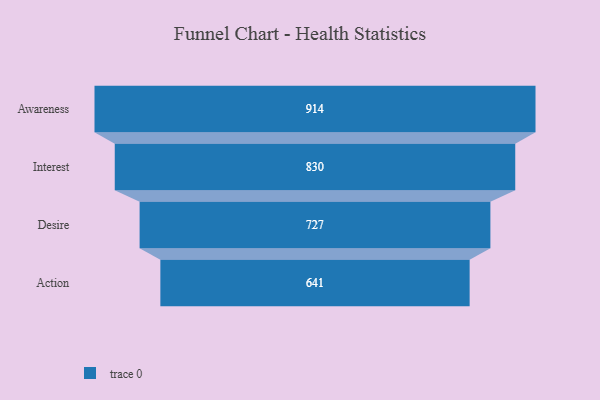
{"axis": {"x": "Stage", "y": "Value"}, "legend": [""], "data": [{"x": "Awareness", "y": 914.0, "type": ""}, {"x": "Interest", "y": 830.0, "type": ""}, {"x": "Desire", "y": 727.0, "type": ""}, {"x": "Action", "y": 641.0, "type": ""}]}